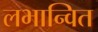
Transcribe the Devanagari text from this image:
लभान्वित